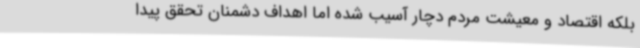
بلکه اقتصاد و معیشت مردم دچار آسیب شده اما اهداف دشمنان تحقق پیدا